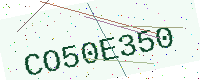
Text: CO50E350